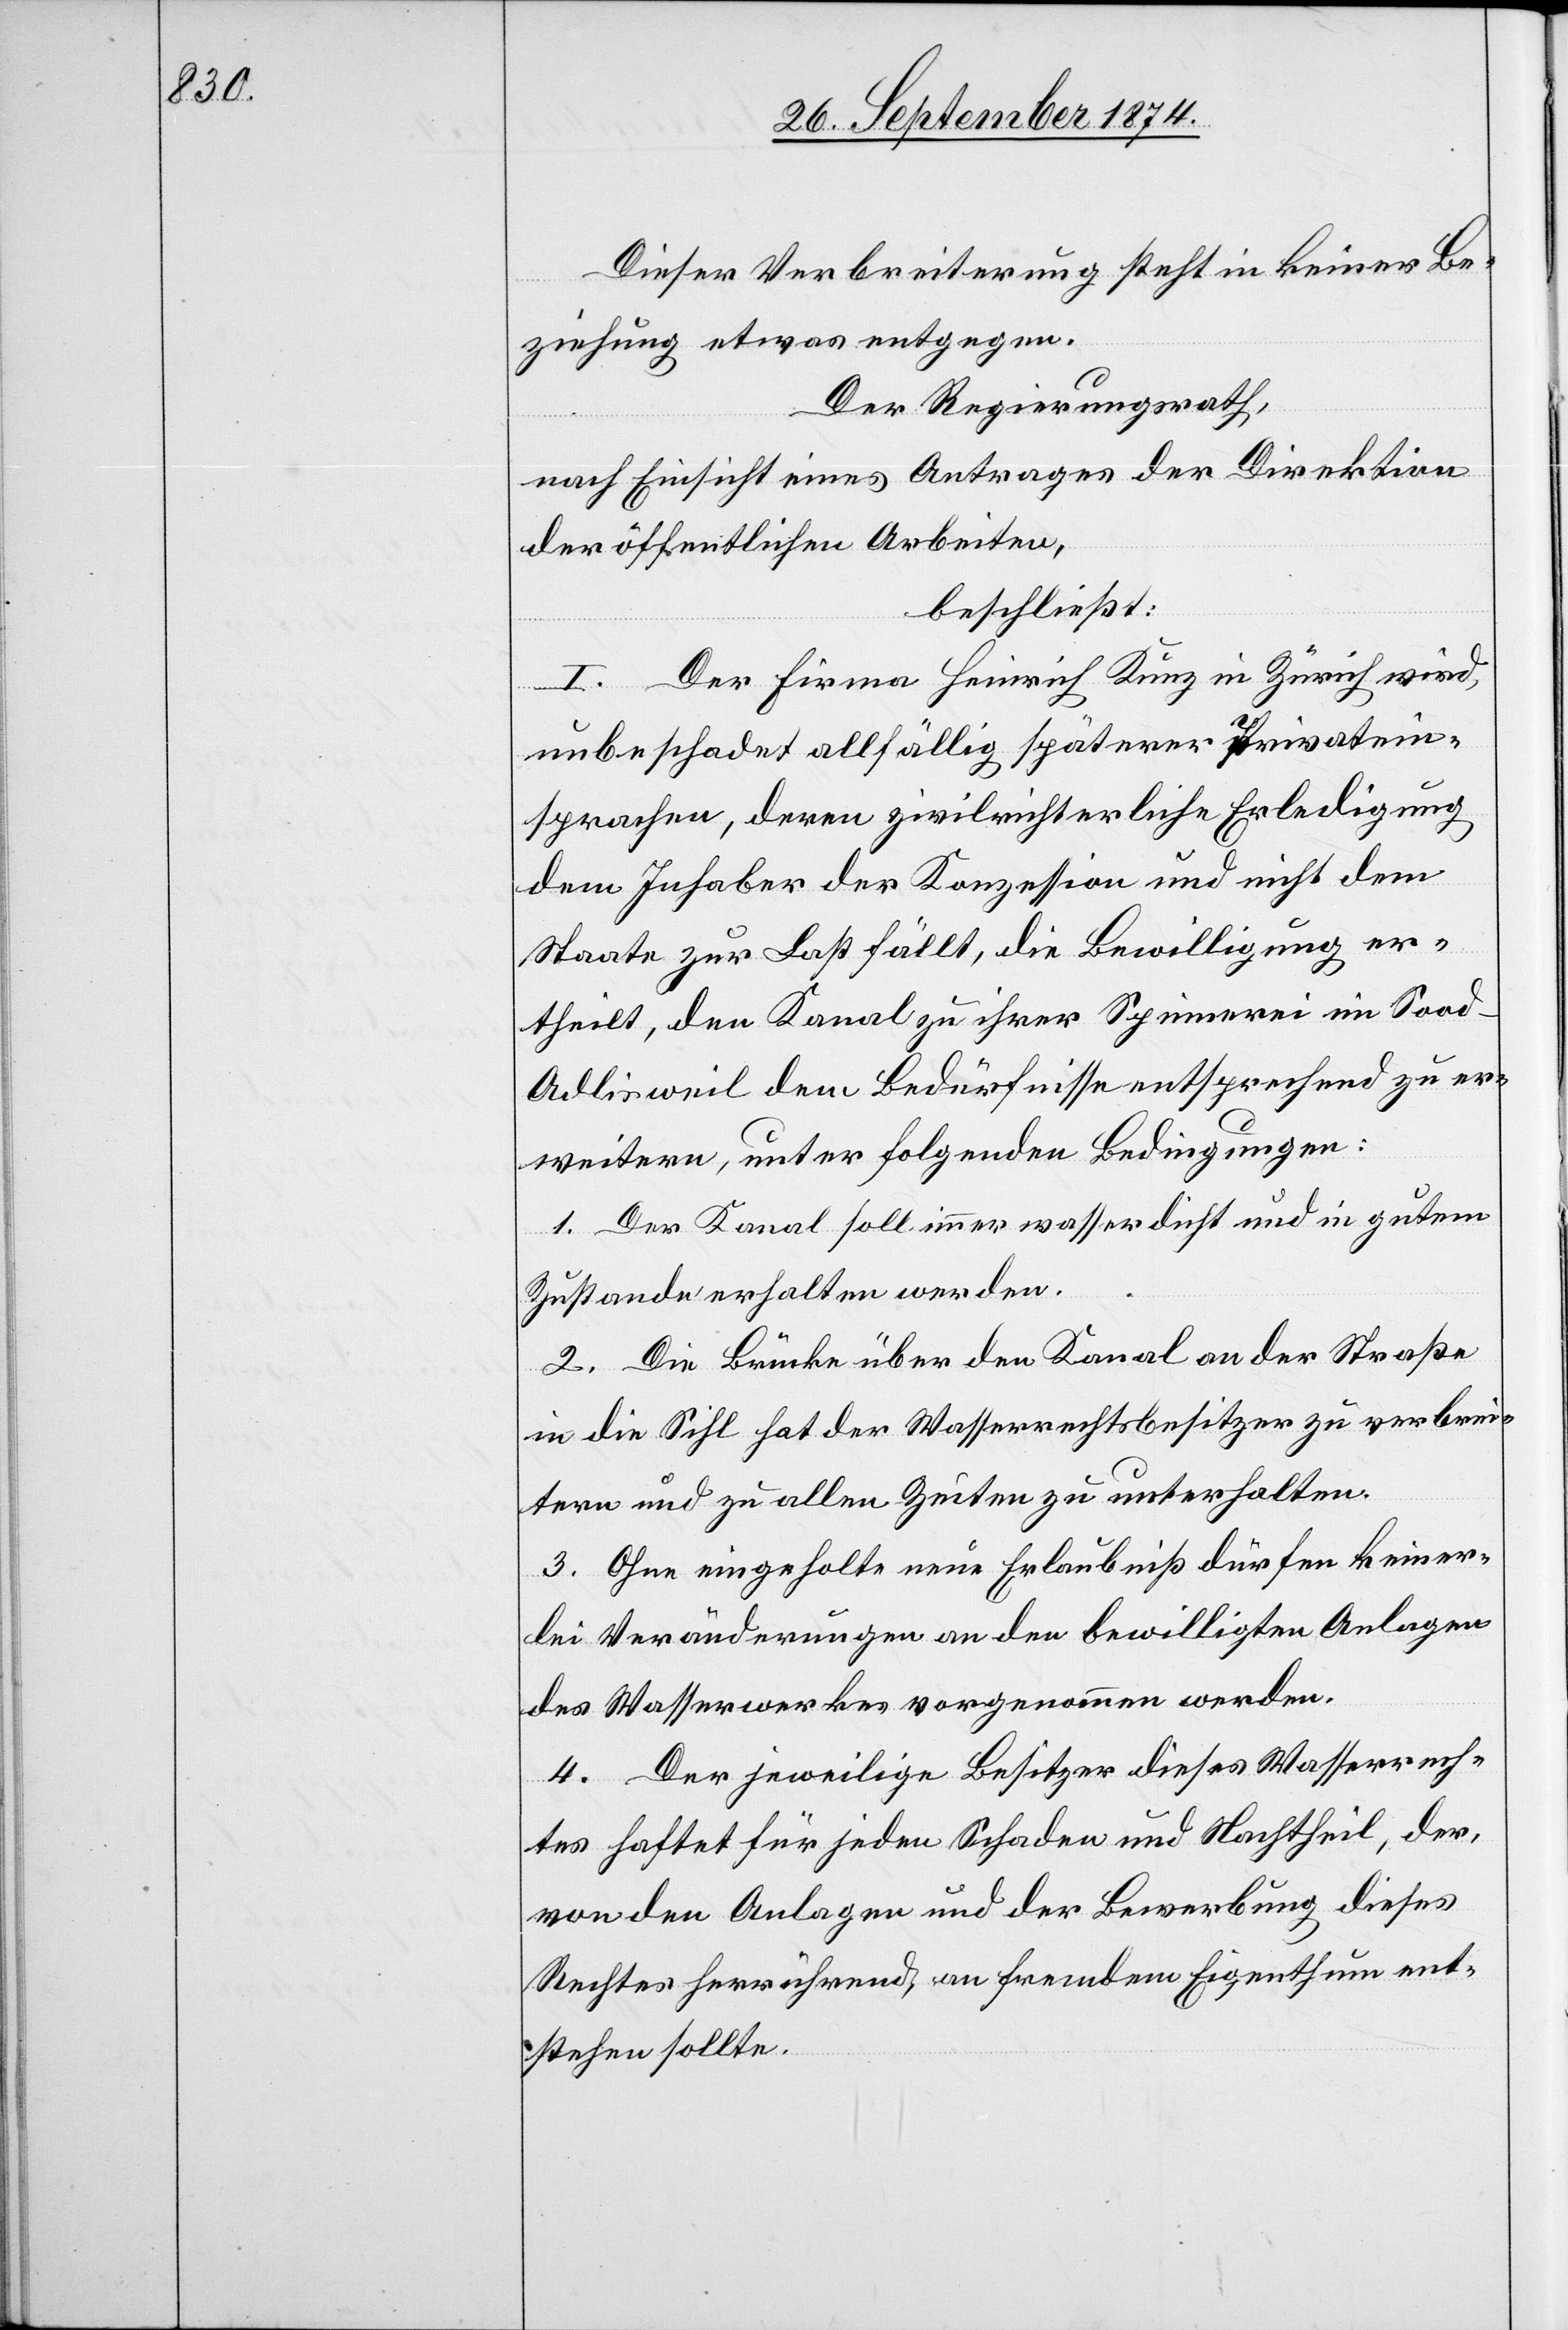
Diese Verbreiterung steht in keiner Be¬
ziehung etwas entgegen.
Der Regierungsrath,
nach Einsicht eines Antrages der Direktion
der öffentlichen Arbeiten,
beschließt:
I. Der Firma Heinrich Kunz in Zürich wird,
unbeschadet allfällig späterer Privatein¬
sprachen, deren zivilrichterliche Erledigung
dem Inhaber der Konzession und nicht dem
Staate zur Last fällt, die Bewilligung er¬
theilt, den Kanal zu ihrer Spinnerei im Soo¬
d-Adlisweil dem Bedürfnisse entsprechend zu er¬
weitern, unter folgenden Bedingungen:
1. Der Kanal soll immer wasserdicht und in gutem
Zustande erhalten werden.
2. Die Brücke über den Kanal an der Straße
in die Sihl hat der Wasserrechtsbesitzer zu verbrei¬
tern und zu allen Zeiten zu unterhalten.
3. Ohne eingeholte neue Erlaubniß dürfen keiner¬
lei Veränderungen an den bewilligten Anlagen
des Wasserwerkes vorgenommen werden.
4. Der jeweilige Besitzer dieses Wasserrech¬
tes haftet für jeden Schaden und Nachtheil, der,
von den Anlagen und der Bewerbung dieses
Rechtes herrührend, an fremdem Eigenthum ent¬
stehen sollte.